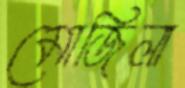
মোজিলা